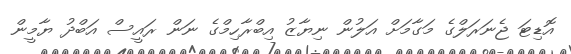
އޮޑިޓަ ޖެނަރަލްގެ މަގާމަށް އަލުން ނިޔާޒު އިބްރާހިމްގެ ނަން ރައީސް އަބްދު ޔާމީން